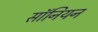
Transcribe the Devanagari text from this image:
सॉनियन